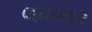
લાઇનર